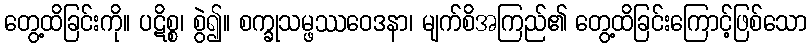
တွေ့ထိခြင်းကို။ ပဋိစ္စ၊ စွဲ၍။ စက္ခုသမ္ဖဿဝေဒနာ၊ မျက်စိအကြည်၏ တွေ့ထိခြင်းကြောင့်ဖြစ်သော